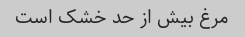
مرغ بیش از حد خشک است